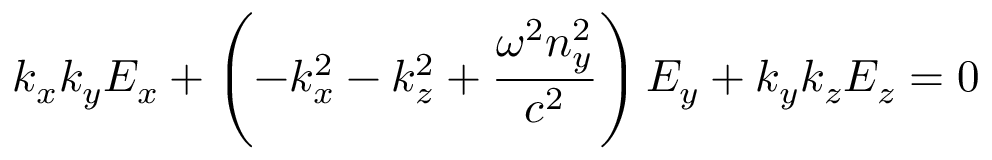
k _ { x } k _ { y } E _ { x } + \left( - k _ { x } ^ { 2 } - k _ { z } ^ { 2 } + { \frac { \omega ^ { 2 } n _ { y } ^ { 2 } } { c ^ { 2 } } } \right) E _ { y } + k _ { y } k _ { z } E _ { z } = 0